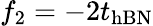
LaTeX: f_{2}=-2t_{\mathrm{hBN}}